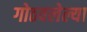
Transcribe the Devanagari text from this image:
गोठवलेल्या